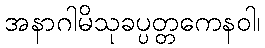
အနာဂါမိသုခပ္ပတ္တကေနဝါ၊